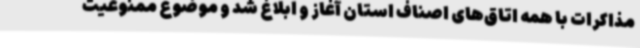
مذاکرات با همه اتاق‌های اصناف استان آغاز و ابلاغ شد و موضوع ممنوعیت